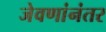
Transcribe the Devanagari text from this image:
जेवणांनंतर